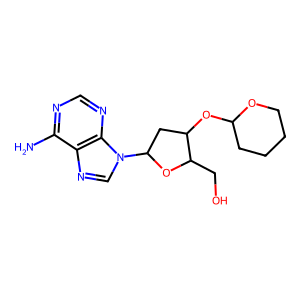
SMILES: Nc1ncnc2c1ncn2C1CC(OC2CCCCO2)C(CO)O1
Inhibits HIV replication: No